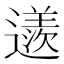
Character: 䢭